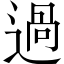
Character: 過